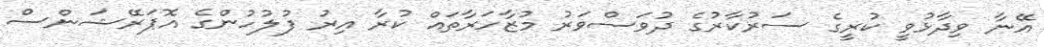
އޭނާ ވިދާޅުވީ ކުރީގެ ސަރުކާރުގެ ދުވަސްވަރު މުޒާހަރާތައް ކުރާ އިރު ފުލުހުންގެ އޮޕަރޭޝަންސް